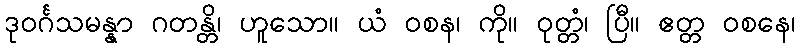
ဒုဝင်္ဂသမန္နာ ဂတန္တိ၊ ဟူသော။ ယံ ဝစန၊ ကို။ ဝုတ္တံ၊ ပြီ။ ဧတ္တ ဝစနေ၊